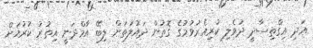
އަދި އިގްތިސާދީ ދުވެލި ކުރިއެރުވުމުގެ ގޮތުން ދައުލަތަށް ލިބޭ އާމްދަނީ އިތުރު ކުރުމަށް